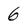
Character: 6